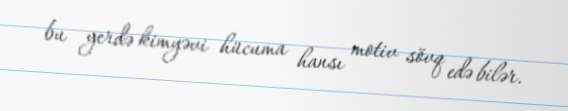
bu yerdə kimyəvi hücuma hansı motiv sövq edə bilər.